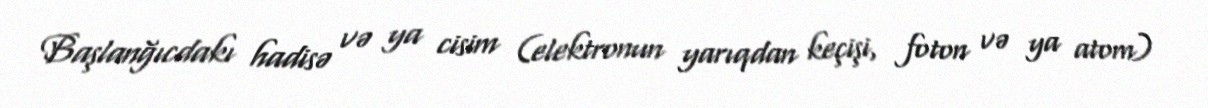
Başlanğıcdakı hadisə və ya cisim (elektronun yarıqdan keçişi, foton və ya atom)